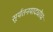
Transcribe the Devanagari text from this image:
सूर्यतनयादधोधः